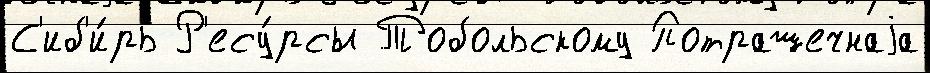
С'иб'и́рь Р'есу́рсы Тобольскому Потрашечнаjа